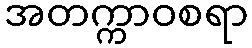
အတက္ကာဝစရာ